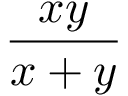
\frac { x y } { x + y }